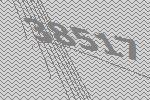
38517